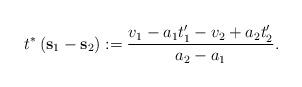
LaTeX: \begin{align*}t^{*}\left(\mathbf{s}_{1}-\mathbf{s}_{2}\right):=\frac{v_{1}-a_{1}t'_{1}-v_{2}+a_{2}t'_{2}}{a_{2}-a_{1}}.\end{align*}